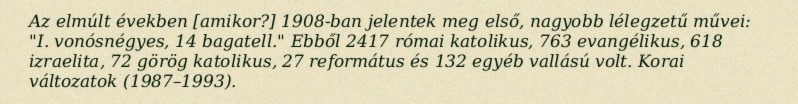
Az elmúlt években [amikor?] 1908-ban jelentek meg első, nagyobb lélegzetű művei: "I. vonósnégyes, 14 bagatell." Ebből 2417 római katolikus, 763 evangélikus, 618 izraelita, 72 görög katolikus, 27 református és 132 egyéb vallású volt. Korai változatok (1987–1993).